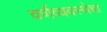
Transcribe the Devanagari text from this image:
वर्णव्यवस्थेचा